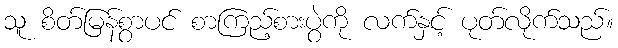
သူ စိတ်မြန်စွာပင် စာကြည့်စားပွဲကို လက်နှင့် ပုတ်လိုက်သည်။